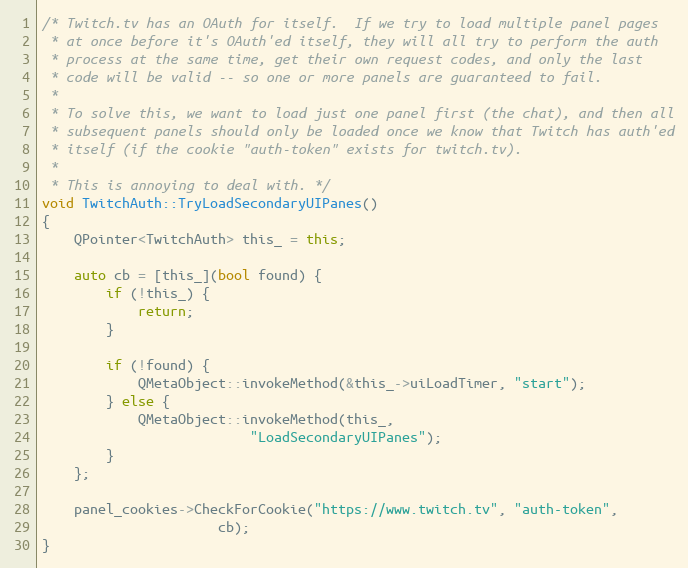
Language: C++
/* Twitch.tv has an OAuth for itself.  If we try to load multiple panel pages
 * at once before it's OAuth'ed itself, they will all try to perform the auth
 * process at the same time, get their own request codes, and only the last
 * code will be valid -- so one or more panels are guaranteed to fail.
 *
 * To solve this, we want to load just one panel first (the chat), and then all
 * subsequent panels should only be loaded once we know that Twitch has auth'ed
 * itself (if the cookie "auth-token" exists for twitch.tv).
 *
 * This is annoying to deal with. */
void TwitchAuth::TryLoadSecondaryUIPanes()
{
	QPointer<TwitchAuth> this_ = this;

	auto cb = [this_](bool found) {
		if (!this_) {
			return;
		}

		if (!found) {
			QMetaObject::invokeMethod(&this_->uiLoadTimer, "start");
		} else {
			QMetaObject::invokeMethod(this_,
						  "LoadSecondaryUIPanes");
		}
	};

	panel_cookies->CheckForCookie("https://www.twitch.tv", "auth-token",
				      cb);
}